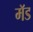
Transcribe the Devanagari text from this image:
मॅड